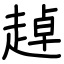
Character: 趠